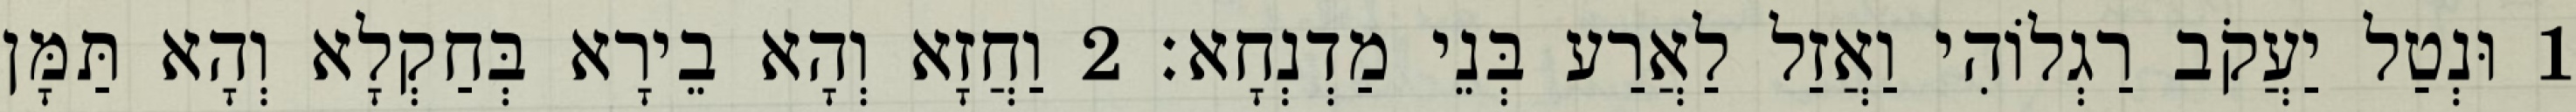
1 וּנְטַל יַעֲקֹב רַגְלוֹהִי וַאֲזַל לַאֲרַע בְּנֵי מַדְנְחָא׃ 2 וַחֲזָא וְהָא בֵירָא בְּחַקְלָא וְהָא תַּמָּן